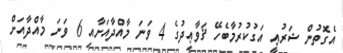
އެގޮތުން ޝަރުޢީ އަގުކުރުމާބެހޭ ޤަވާޢިދުގެ 4 ވަނަ މާއްދާއަށާއި 6 ވަނަ މާއްދާއަށް